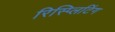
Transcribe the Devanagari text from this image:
रिस्प्लिटिंग